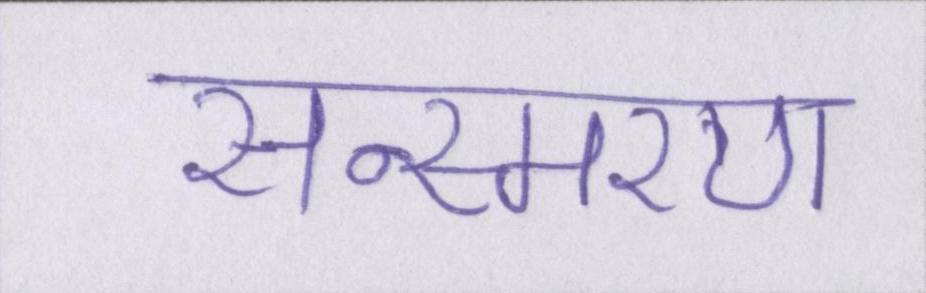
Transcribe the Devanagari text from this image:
सन्स्मरण